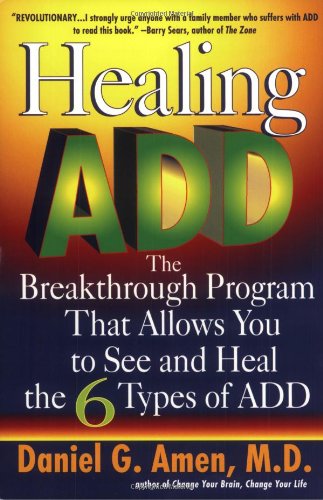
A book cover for Healing ADD: The Breakthrough Program That Allows You to See and Heal the 6 Types of ADD; Daniel G. Amen; Health, Fitness & Dieting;